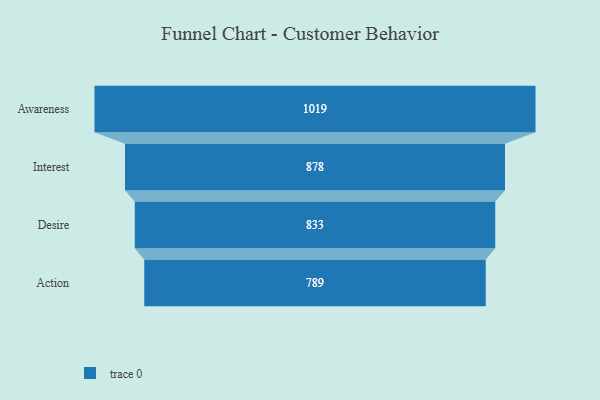
{"axis": {"x": "Stage", "y": "Value"}, "legend": [""], "data": [{"x": "Awareness", "y": 1019.0, "type": ""}, {"x": "Interest", "y": 878.0, "type": ""}, {"x": "Desire", "y": 833.0, "type": ""}, {"x": "Action", "y": 789.0, "type": ""}]}